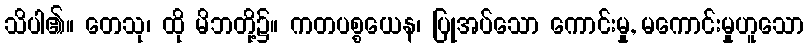
သိပါ၏။ တေသု၊ ထို မိဘတို့၌။ ကတပစ္စယေန၊ ပြုအပ်သော ကောင်းမှု, မကောင်းမှုဟူသော